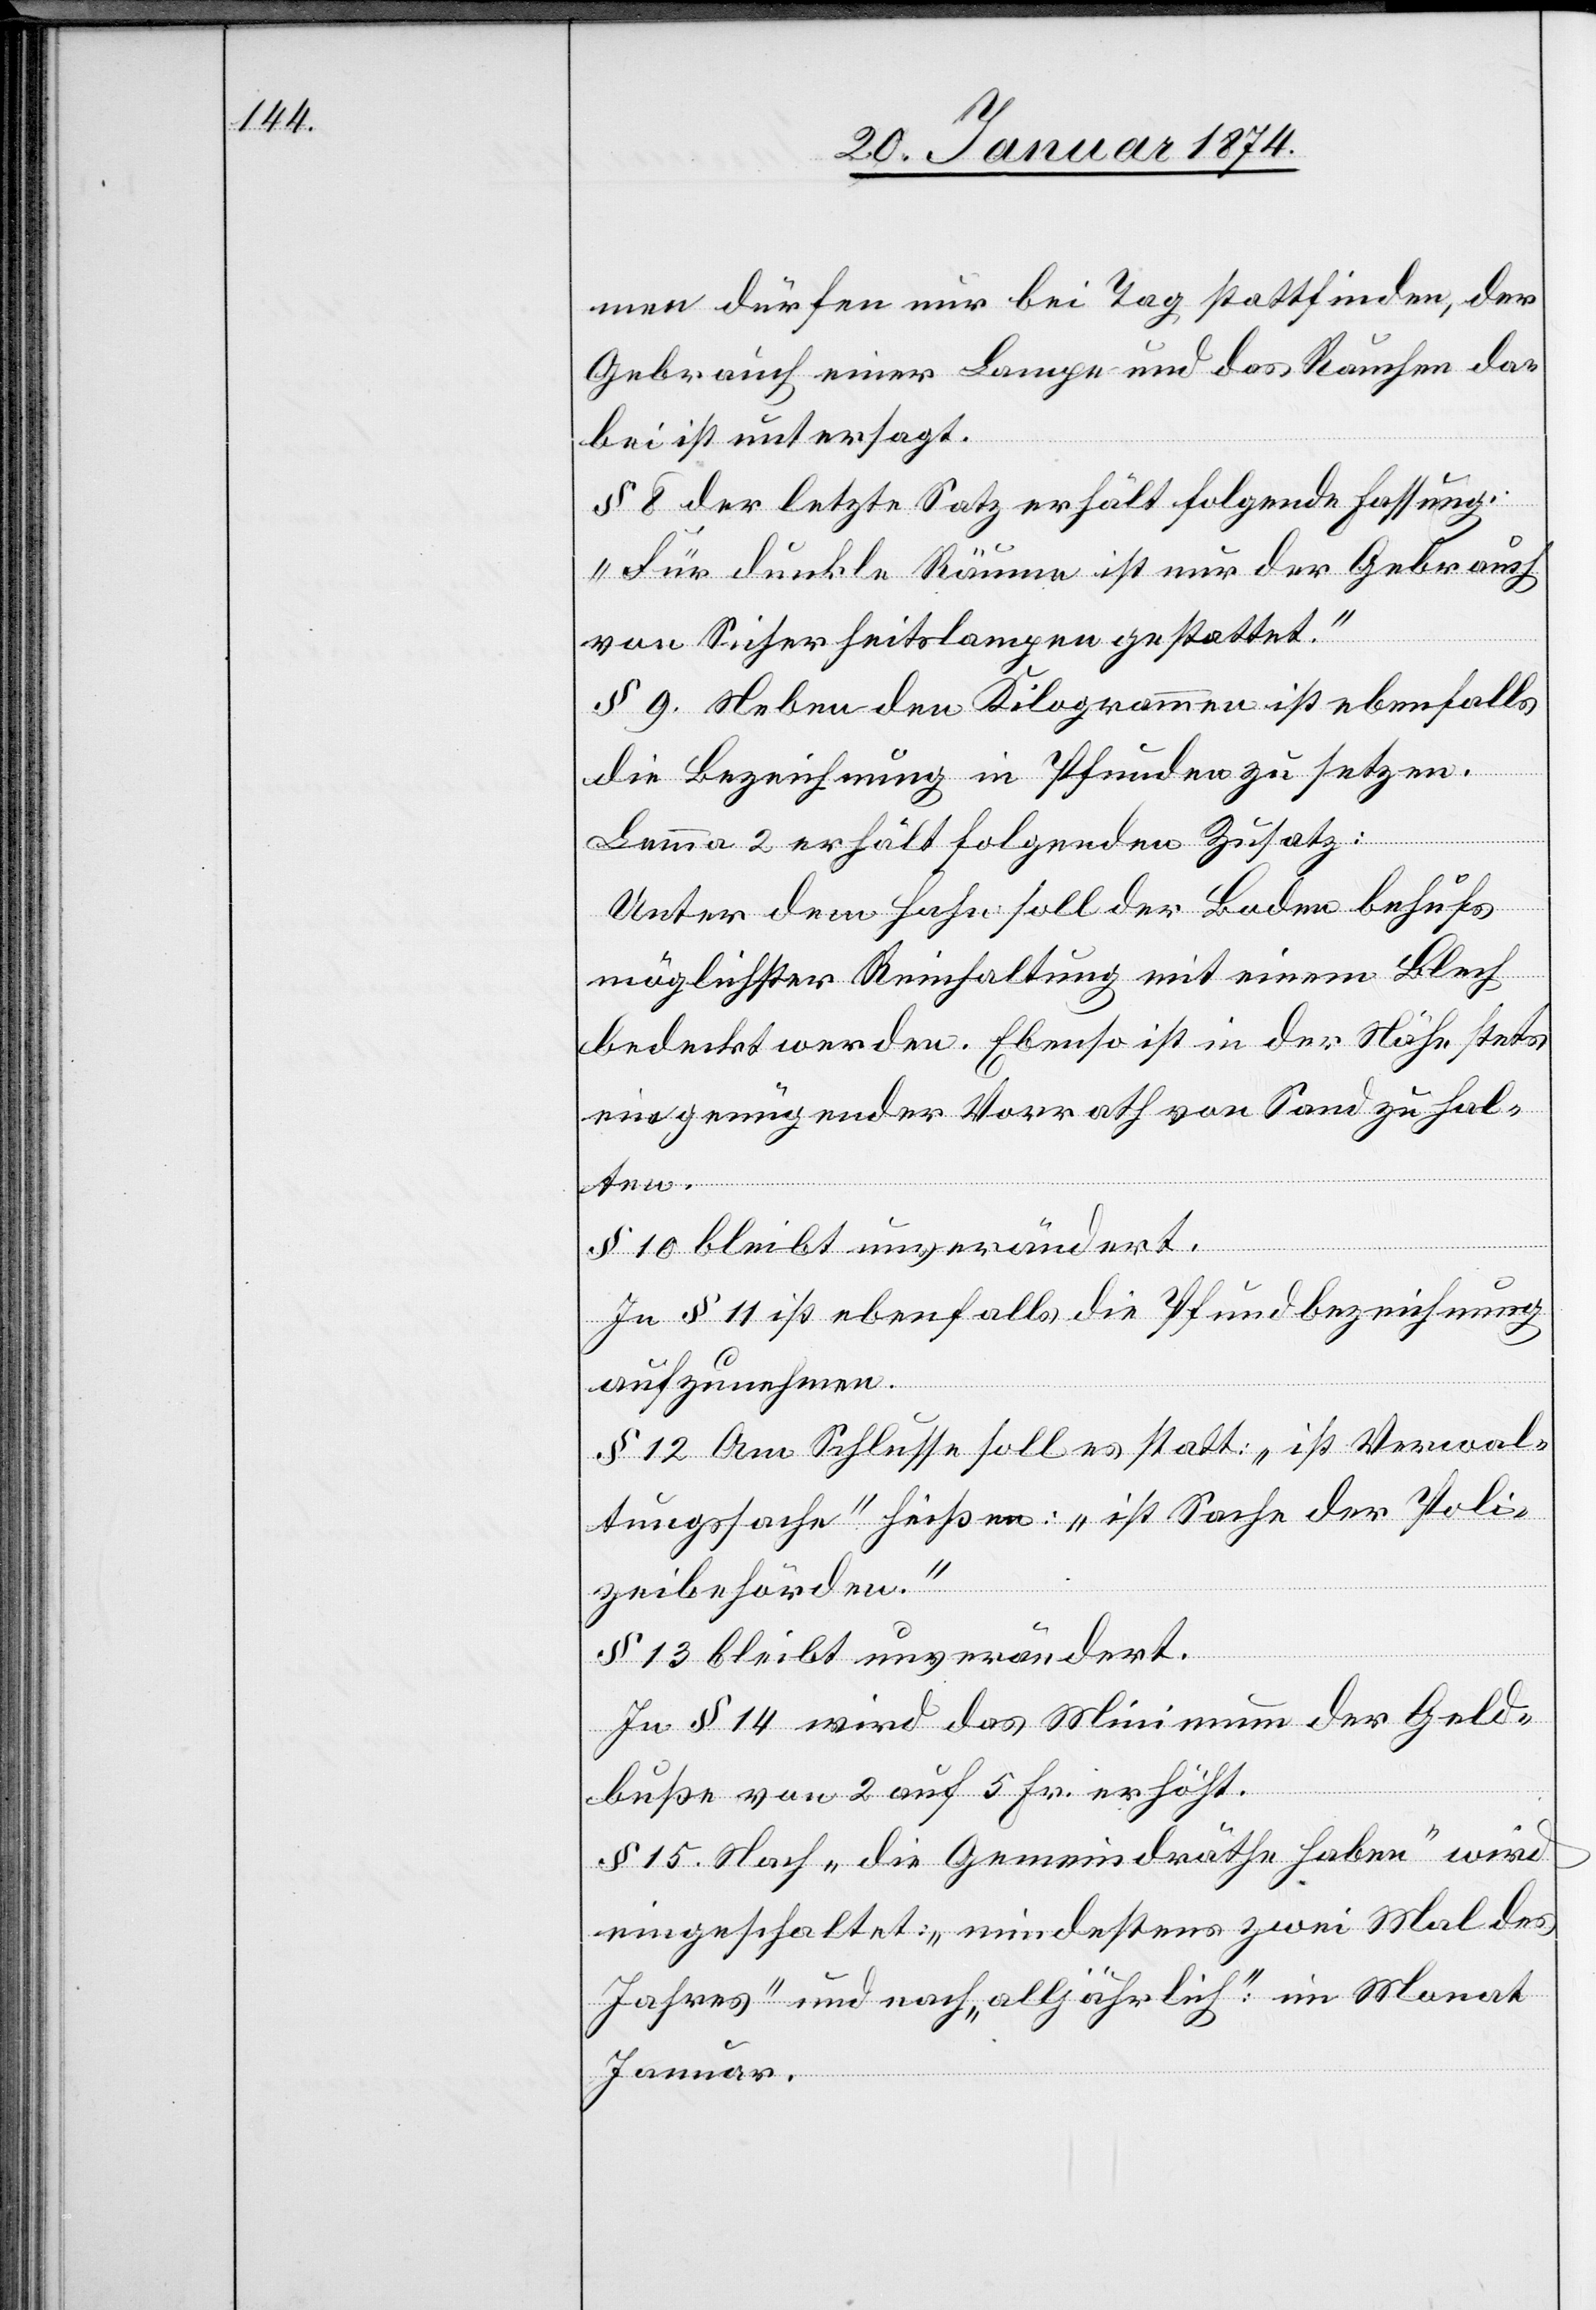
men dürfen nur bei Tag stattfinden, der
Gebrauch einer Lampe und das Rauchen da¬
bei ist untersagt.“
§ 8 der letzte Satz erhält folgende Fassung:
„Für dunkle Räume ist nur der Gebrauch
von Sicherheitslampen gestattet.“
§ 9. Neben den Kilogrammen ist ebenfalls
die Bezeichnung in Pfunden zu setzen.
Lemma 2 erhält folgenden Zusatz:
Unter dem Hahn soll der Boden behufs
möglichster Reinhaltung mit einem Blech
bedeckt werden. Ebenso ist in der Nähe stets
ein genügender Vorrath von Sand zu hal¬
ten.
§ 10 bleibt unverändert.
In § 11 ist ebenfalls die Pfundbezeichnung
aufzunehmen.
§ 12 Am Schlusse soll es statt: „ist Verwal¬
tungssache“ heißen: „ist Sache der Poli¬
zeibehörden.“
§ 13 bleibt unverändert.
In § 14 wird das Minimum der Geld¬
buße von 2 auf 5 Fr. erhöht.
§ 15. Nach „die Gemeindräthe haben“ wird
eingeschaltet: „mindestens zwei Mal des
Jahres“ und noch „alljährlich“ im Monat
Januar.